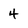
Character: 4